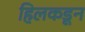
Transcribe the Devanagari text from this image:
हिलकडून